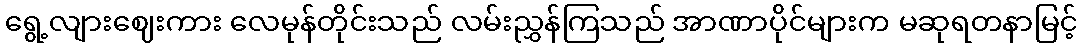
ရွေ့လျားဈေးကား လေမုန်တိုင်းသည် လမ်းညွှန်ကြသည် အာဏာပိုင်များက မဆုရတနာမြင့်